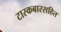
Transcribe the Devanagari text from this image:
टास्कबारसहित